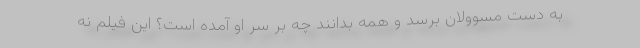
به دست مسوولان برسد و همه بدانند چه بر سر او آمده است؟ این فیلم نه